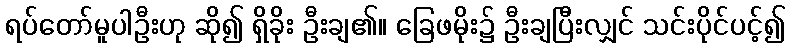
ရပ်တော်မူပါဦးဟု ဆို၍ ရှိခိုး ဦးချ၏။ ခြေဖမိုး၌ ဦးချပြီးလျှင် သင်းပိုင်ပင့်၍